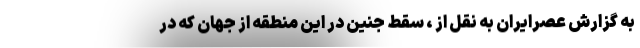
به گزارش عصرایران به نقل از ، سقط جنین در این منطقه از جهان که در